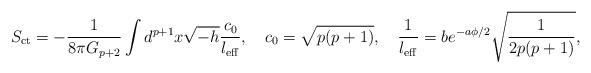
LaTeX: \begin{align*}S_{\rm ct}=-\frac{1}{8\pi G_{p+2}}\int d^{p+1}x\sqrt{-h} \frac{c_0} {l_{\rm eff}},\ \ \ c_0=\sqrt{p(p+1)},\ \ \ \frac{1}{l_{\rm eff}}=b e^{-a\phi/2}\sqrt{\frac{1}{2p(p+1)}},\end{align*}